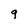
Character: g